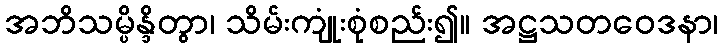
အဘိသမ္ပိန္ဒိတွာ၊ သိမ်းကျုံးစုံစည်း၍။ အဋ္ဌသတဝေဒနာ၊